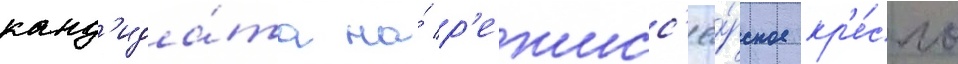
канд'ида́та на́ р'ежисс'ё́рское кр'е́сло